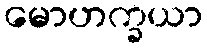
မောဟက္ခယာ